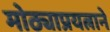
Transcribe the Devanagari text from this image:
मोठ्याप्रयत्नाने